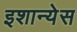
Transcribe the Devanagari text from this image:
इशान्येस